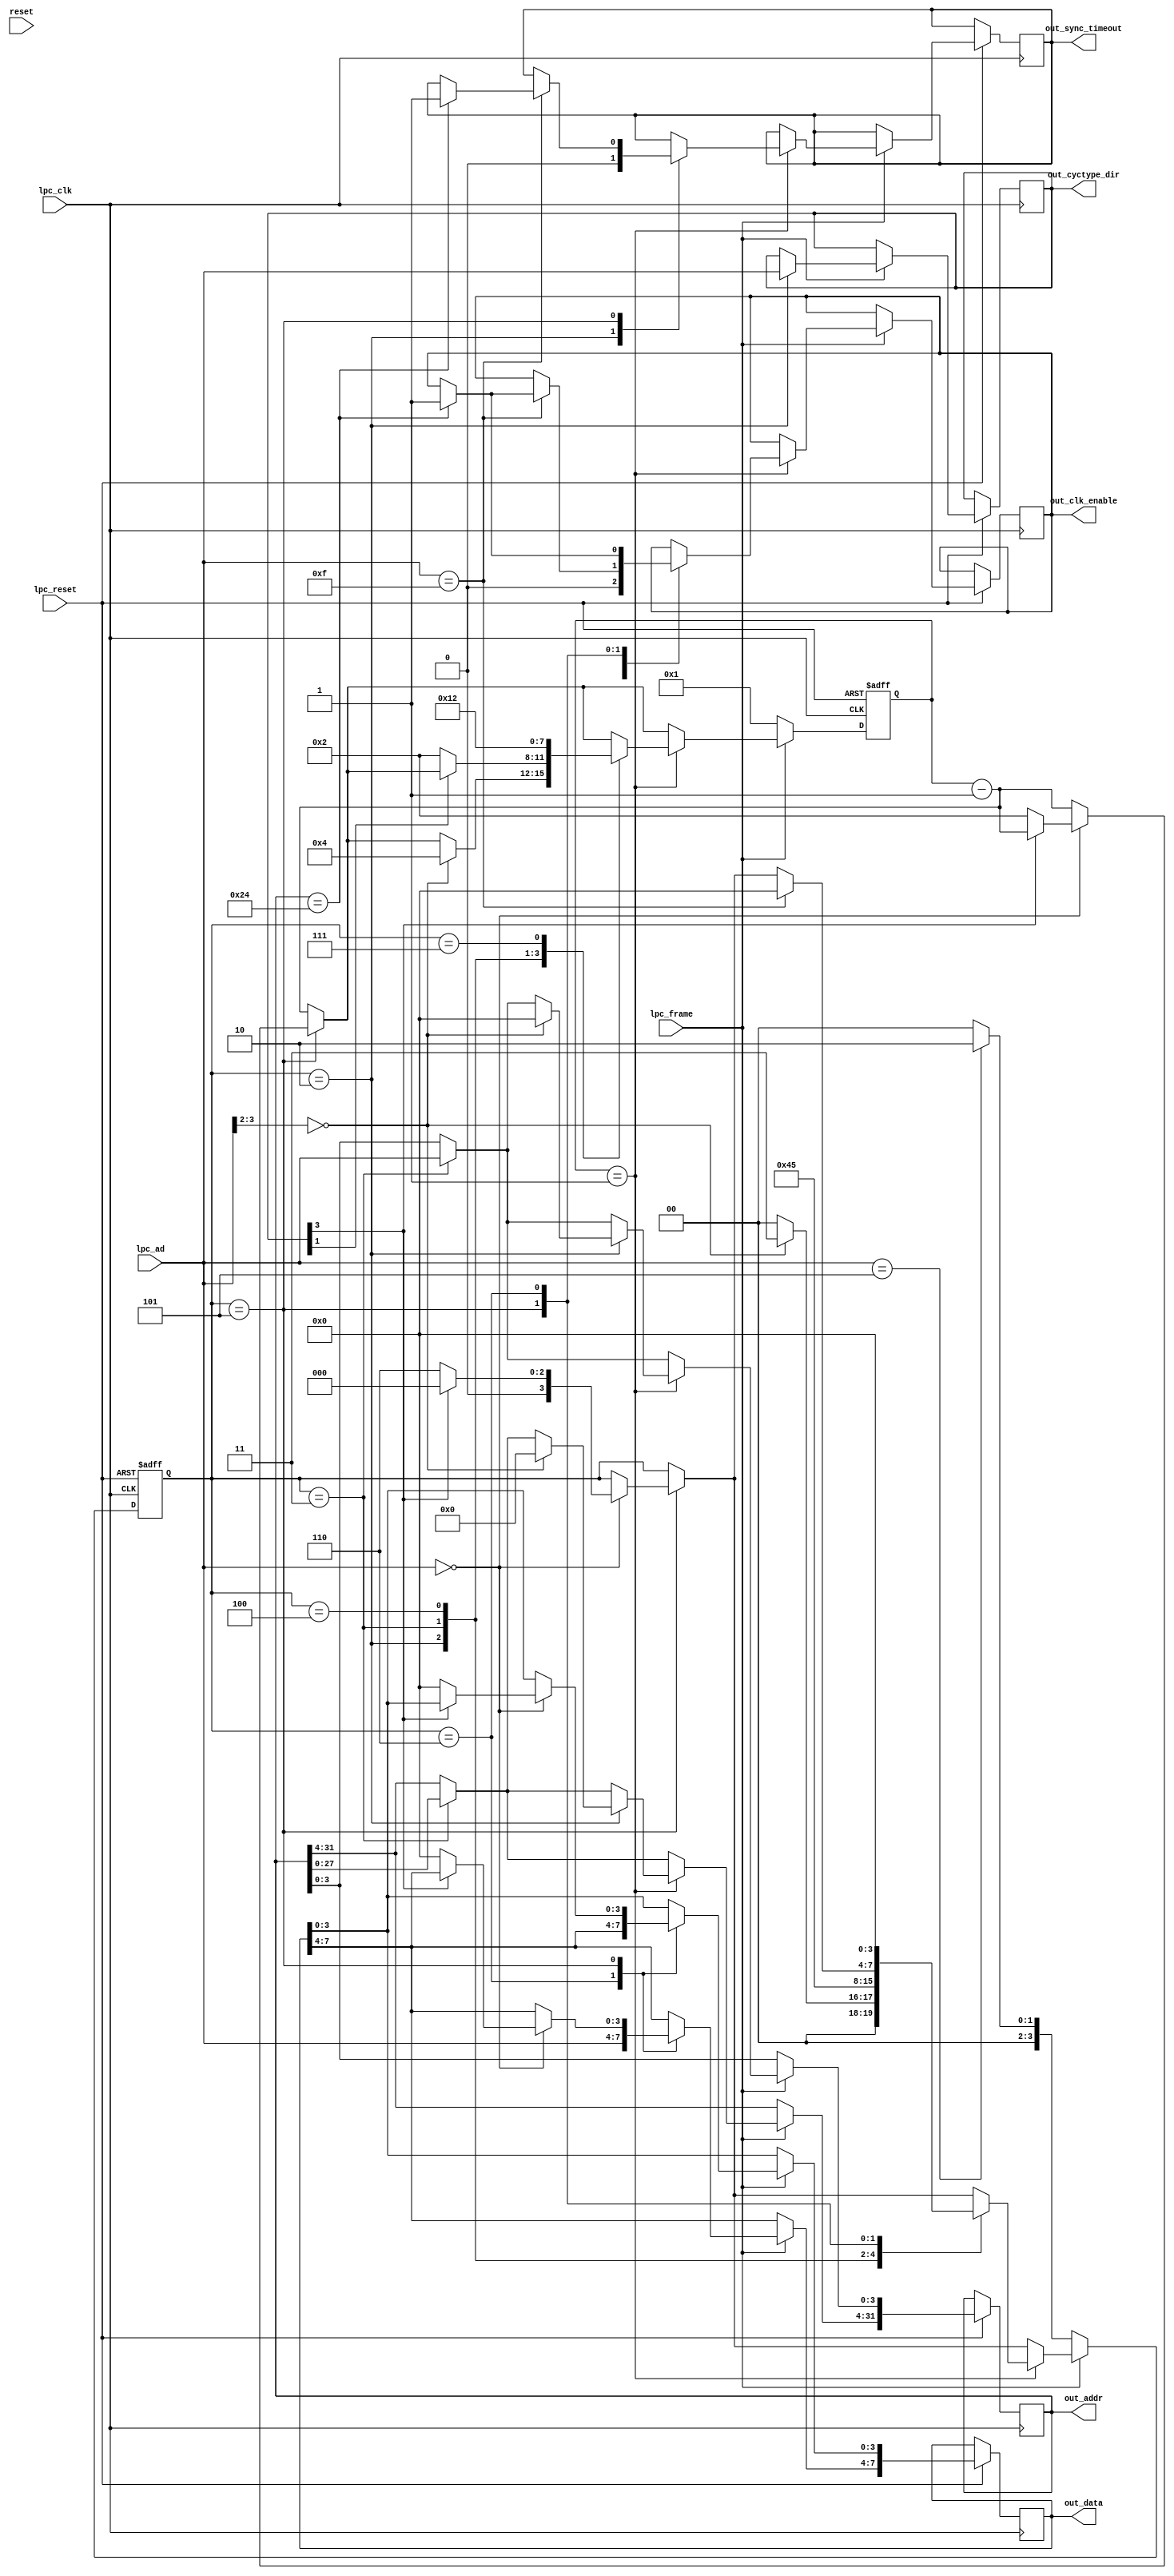
/*
 * iCEstick LPC TPM Sniffer (lpc.v)
 * 
 * LPC decoder
 * by Alexander Couzens (lynxis)
 * with TPM-specific modifications by Denis Andzakovic
 */

module lpc(
	input wire reset,
	input wire lpc_clk,
	input wire lpc_reset,
	input wire [3:0] lpc_ad,
	input wire lpc_frame,
	output wire [3:0] out_cyctype_dir,
	output wire [31:0] out_addr,
	output wire [7:0] out_data,
	output reg out_sync_timeout,
	output reg out_clk_enable);

	// type and direction. same as in LPC Spec 1.1
	// addr & data written or read

	// registers
	reg [3:0] counter;                      // counter
	reg [3:0] cyctype_dir;                  // mode & direction, same as in LPC Spec 1.1
	reg [31:0] addr;                        // 32 bit address
	reg [7:0] data;                         // 8 bit data

    // combinatorial logic
	assign out_cyctype_dir = cyctype_dir;
	assign out_data = data;
	assign out_addr = addr;

	// state machine
	localparam[3:0] STATE_IDLE = 4'd0;
    localparam[3:0] STATE_START = 4'd1;
    localparam[3:0] STATE_CYCLE_DIR = 4'd2;
    localparam[3:0] STATE_ADDRESS = 4'd3;
    localparam[3:0] STATE_TAR = 4'd4;
    localparam[3:0] STATE_SYNC = 4'd5;
    localparam[3:0] STATE_READ_DATA = 4'd6;
    localparam[3:0] STATE_ABORT = 4'd7;
	reg [3:0] state = STATE_IDLE;

    // synchronous logic
	always @(posedge lpc_clk or negedge lpc_reset)
    begin
		if (~lpc_reset)
        begin
			state <= STATE_IDLE;
			counter <= 4'd1;
		end else
        begin
			if (~lpc_frame)
            begin
				counter <= 4'd1;

                // TPM-specific modification to only log messages with the start
                // field b0101 (5) 
				if (lpc_ad == 4'b0101)                  // start condition
					state <= STATE_CYCLE_DIR;
				else
					state <= STATE_IDLE;                // abort
            end else
            begin
                // decrement counter
                counter <= counter - 1'd1;

                // 
                case (state)
                    STATE_CYCLE_DIR:
                        cyctype_dir <= lpc_ad;

                    STATE_ADDRESS:
                    begin
                        addr[31:4] <= addr[27:0];
                        addr[3:0] <= lpc_ad;
                    end

                    STATE_READ_DATA:
                    begin
                        data[7:4] <= lpc_ad;
                        data[3:0] <= data[7:4];
                    end

                    STATE_SYNC:
                    begin
                        if (lpc_ad == 4'b0000)
                            if (cyctype_dir[3] == 1'b0)
                            begin                       // I/O or memory
                                data <= 8'd0;
                                counter <= 4'd2;
                                state <= STATE_READ_DATA;
                            end else
                                state <= STATE_IDLE;   // unsupported DMA or reserved
                    end
                endcase

                if (counter == 1)
                begin
                    case (state)
                        STATE_CYCLE_DIR:
                        begin
                            out_clk_enable <= 1'b0;
                            out_sync_timeout <= 1'b0;

                            if (lpc_ad[3:2] == 2'b00)
                            begin                       // I/O
                                counter <= 4'd4;
                                addr <= 32'd0;
                                state <= STATE_ADDRESS;
                            end
                            else                        // don't care about anything other than I/O
                                state <= STATE_IDLE;
                        end

                        STATE_ADDRESS:
                        begin
                            if (cyctype_dir[1])         // write memory or I/O
                                state <= STATE_READ_DATA;
                            else                        // read memory or I/O
                                counter <= 4'd2;
                                state <= STATE_TAR;
                        end

                        STATE_TAR:
                        begin
                            counter <= 4'd1;
                            state <= STATE_SYNC;
                        end

                        STATE_SYNC:
                        begin
                            if (lpc_ad == 4'b1111)
                            begin
                                // TPM-specific modification
                                // only log data from address 0x24 (36)
                                if (addr == 32'h24)
                                begin 
                                    out_sync_timeout <= 1;
                                    out_clk_enable <= 1;
                                end

                                state <= STATE_IDLE;
                            end
                        end

                        STATE_READ_DATA:
                        begin
                            // TPM-specific modification
                            // only log data from address 0x24 (36)
                            if (addr == 32'h24)
                                out_clk_enable <= 1;

                            state <= STATE_IDLE;
                        end

                        // TODO: Missing TAR after READ_DATA
                        // 
                        STATE_ABORT:
                            counter <= 4'd2;
					endcase
				end
			end
		end
	end

endmodule